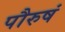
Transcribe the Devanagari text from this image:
पौरुषं